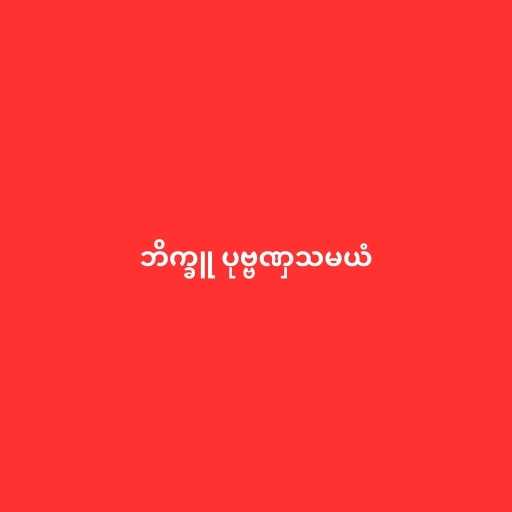
ဘိက္ခူ ပုဗ္ဗဏှသမယံ